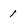
Character: 1